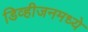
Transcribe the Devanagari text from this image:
डिव्हीजनमध्ये